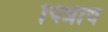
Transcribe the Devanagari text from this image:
पित्रीय